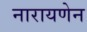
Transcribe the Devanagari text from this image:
नारायणेन